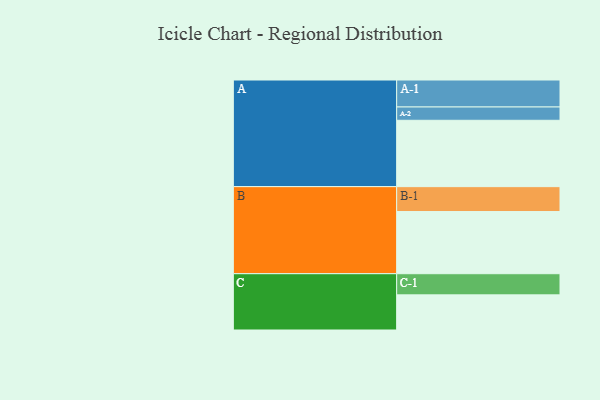
{"axis": {"x": "Segment", "y": "Value"}, "legend": ["", "A", "B", "C"], "data": [{"x": "A", "y": 593, "type": ""}, {"x": "B", "y": 556, "type": ""}, {"x": "C", "y": 314, "type": ""}, {"x": "A-1", "y": 241, "type": "A"}, {"x": "A-2", "y": 119, "type": "A"}, {"x": "B-1", "y": 222, "type": "B"}, {"x": "C-1", "y": 189, "type": "C"}]}